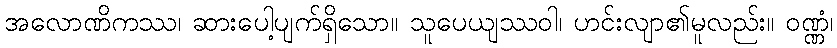
အလောဏိကဿ၊ ဆားပေါ့ပျက်ရှိသော။ သူပေယျဿဝါ၊ ဟင်းလျာ၏မူလည်း။ ဝဏ္ဏံ၊